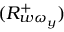
( R _ { w \omega _ { y } } ^ { + } )